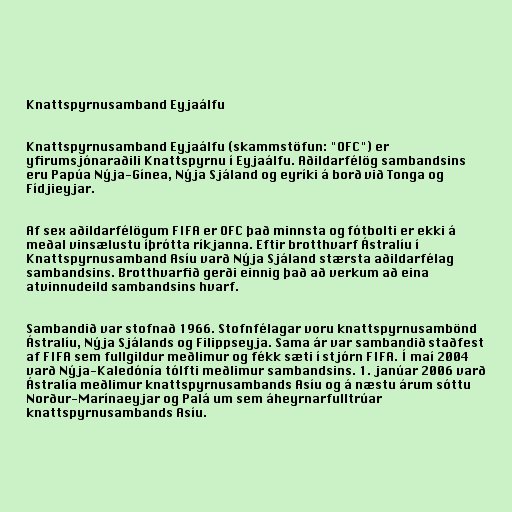
Knattspyrnusamband Eyjaálfu

Knattspyrnusamband Eyjaálfu (skammstöfun: "OFC") er
yfirumsjónaraðili Knattspyrnu í Eyjaálfu. Aðildarfélög sambandsins
eru Papúa Nýja-Gínea, Nýja Sjáland og eyríki á borð við Tonga og
Fídjieyjar.

Af sex aðildarfélögum FIFA er OFC það minnsta og fótbolti er ekki á
meðal vinsælustu íþrótta ríkjanna. Eftir brotthvarf Ástralíu í
Knattspyrnusamband Asíu varð Nýja Sjáland stærsta aðildarfélag
sambandsins. Brotthvarfið gerði einnig það að verkum að eina
atvinnudeild sambandsins hvarf.

Sambandið var stofnað 1966. Stofnfélagar voru knattspyrnusambönd
Ástralíu, Nýja Sjálands og Filippseyja. Sama ár var sambandið staðfest
af FIFA sem fullgildur meðlimur og fékk sæti í stjórn FIFA. Í maí 2004
varð Nýja-Kaledónía tólfti meðlimur sambandsins. 1. janúar 2006 varð
Ástralía meðlimur knattspyrnusambands Asíu og á næstu árum sóttu
Norður-Marínaeyjar og Palá um sem áheyrnarfulltrúar
knattspyrnusambands Asíu.